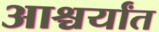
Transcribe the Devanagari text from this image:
आश्चर्यांत